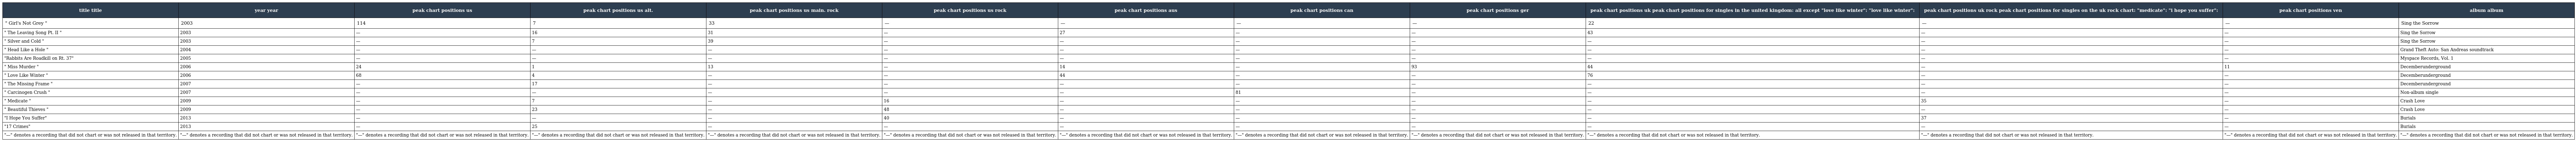
| title title | year year | peak chart positions us | peak chart positions us alt. | peak chart positions us main. rock | peak chart positions us rock | peak chart positions aus | peak chart positions can | peak chart positions ger | peak chart positions uk peak chart positions for singles in the united kingdom: all except "love like winter": "love like winter": | peak chart positions uk rock peak chart positions for singles on the uk rock chart: "medicate": "i hope you suffer": | peak chart positions ven | album album |
 | --- | --- | --- | --- | --- | --- | --- | --- | --- | --- | --- | --- | --- |
 | " Girl's Not Grey " | 2003 | 114 | 7 | 33 | — | — | — | — | 22 | — | — | Sing the Sorrow |
 | " The Leaving Song Pt. II " | 2003 | — | 16 | 31 | — | 27 | — | — | 43 | — | — | Sing the Sorrow |
 | " Silver and Cold " | 2003 | — | 7 | 39 | — | — | — | — | — | — | — | Sing the Sorrow |
 | " Head Like a Hole " | 2004 | — | — | — | — | — | — | — | — | — | — | Grand Theft Auto: San Andreas soundtrack |
 | "Rabbits Are Roadkill on Rt. 37" | 2005 | — | — | — | — | — | — | — | — | — | — | Myspace Records, Vol. 1 |
 | " Miss Murder " | 2006 | 24 | 1 | 13 | — | 14 | — | 93 | 44 | — | 11 | Decemberunderground |
 | " Love Like Winter " | 2006 | 68 | 4 | — | — | 44 | — | — | 76 | — | — | Decemberunderground |
 | " The Missing Frame " | 2007 | — | 17 | — | — | — | — | — | — | — | — | Decemberunderground |
 | " Carcinogen Crush " | 2007 | — | — | — | — | — | 81 | — | — | — | — | Non-album single |
 | " Medicate " | 2009 | — | 7 | — | 16 | — | — | — | — | 35 | — | Crash Love |
 | " Beautiful Thieves " | 2009 | — | 23 | — | 48 | — | — | — | — | — | — | Crash Love |
 | "I Hope You Suffer" | 2013 | — | — | — | 40 | — | — | — | — | 37 | — | Burials |
 | "17 Crimes" | 2013 | — | 25 | — | — | — | — | — | — | — | — | Burials |
 | "—" denotes a recording that did not chart or was not released in that territory. | "—" denotes a recording that did not chart or was not released in that territory. | "—" denotes a recording that did not chart or was not released in that territory. | "—" denotes a recording that did not chart or was not released in that territory. | "—" denotes a recording that did not chart or was not released in that territory. | "—" denotes a recording that did not chart or was not released in that territory. | "—" denotes a recording that did not chart or was not released in that territory. | "—" denotes a recording that did not chart or was not released in that territory. | "—" denotes a recording that did not chart or was not released in that territory. | "—" denotes a recording that did not chart or was not released in that territory. | "—" denotes a recording that did not chart or was not released in that territory. | "—" denotes a recording that did not chart or was not released in that territory. | "—" denotes a recording that did not chart or was not released in that territory. |